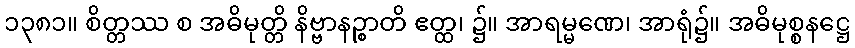
၁၃၈၁။ စိတ္တဿ စ အဓိမုတ္တိ နိဗ္ဗာနဉ္စာတိ ဧတ္ထ၊ ၌။ အာရမ္မဏေ၊ အာရုံ၌။ အဓိမုစ္စနဋ္ဌေ